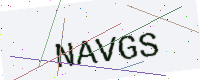
Text: NAVGS